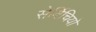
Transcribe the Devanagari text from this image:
सेर्विचियो